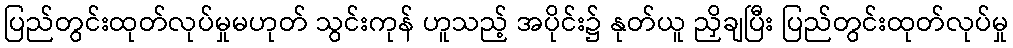
ပြည်တွင်းထုတ်လုပ်မှုမဟုတ် သွင်းကုန် ဟူသည့် အပိုင်း၌ နုတ်ယူ ညှိချပြီး ပြည်တွင်းထုတ်လုပ်မှု